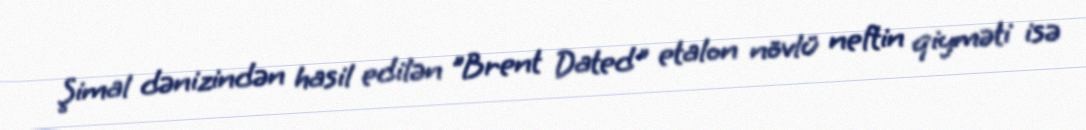
Şimal dənizindən hasil edilən "Brent Dated" etalon növlü neftin qiyməti isə